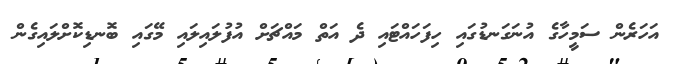
އަހަރެން ސަމީހާގެ އުނަގަނޑުގައި ހިފަހައްޓައި ދެ އަތް މައްޗަށް އުފުލައިލައި މޭގައި ބޮނޑިކޮށްލައިގެން